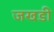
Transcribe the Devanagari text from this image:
जखडी